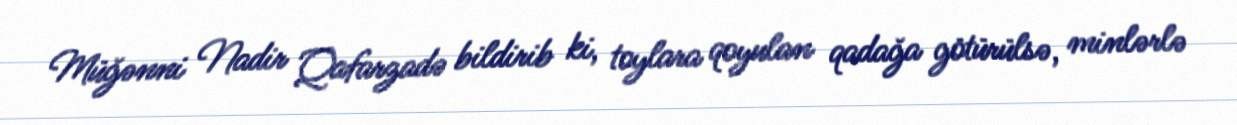
Müğənni Nadir Qafarzadə bildirib ki, toylara qoyulan qadağa götürülsə, minlərlə